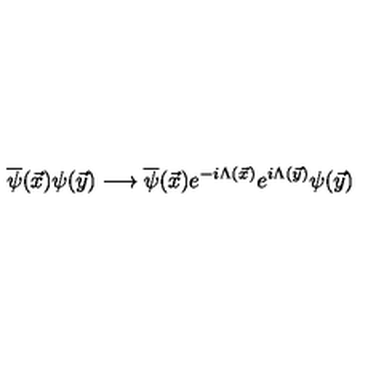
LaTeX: \overline { { \psi } } ( \vec { x } ) \psi ( \vec { y } ) \longrightarrow \overline { { \psi } } ( \vec { x } ) e ^ { - i \Lambda ( \vec { x } ) } e ^ { i \Lambda ( \vec { y } ) } \psi ( \vec { y } )